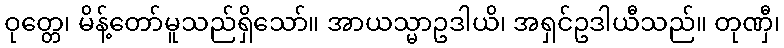
ဝုတ္တေ၊ မိန့်တော်မူသည်ရှိသော်။ အာယသ္မာဥဒါယိ၊ အရှင်ဥဒါယီသည်။ တုဏှီ၊